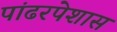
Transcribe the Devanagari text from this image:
पांढरपेशास